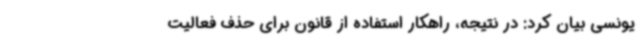
یونسی بیان کرد: در نتیجه، راهکار استفاده از قانون برای حذف فعالیت